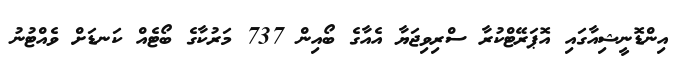
އިންޑޮނީޝިއާގައި އޮޕަރޭޓްކުރާ ސްރިވިޖަޔާ އެއާގެ ބޯއިން 737 މަރުކާގެ ބޯޓެއް ކަނޑަށް ވެއްޓުނު